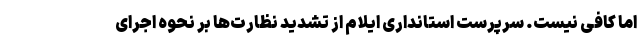
اما کافی نیست. سرپرست استانداری ایلام از تشدید نظارت‌ها بر نحوه اجرای